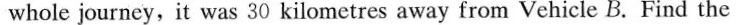
whole journey, it was 30 kilometres away from Vehicle B. Find the